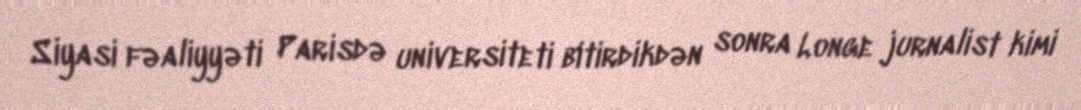
Siyasi fəaliyyəti Parisdə universiteti bitirdikdən sonra Longe jurnalist kimi